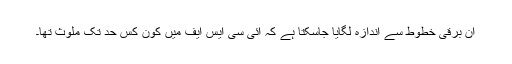
ان برقی خطوط سے اندازہ لگایا جاسکتا ہے کہ آئی سی ایس ایف میں کون کس حد تک ملوث تھا۔